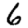
Digit: 6